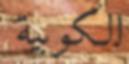
الكوبية